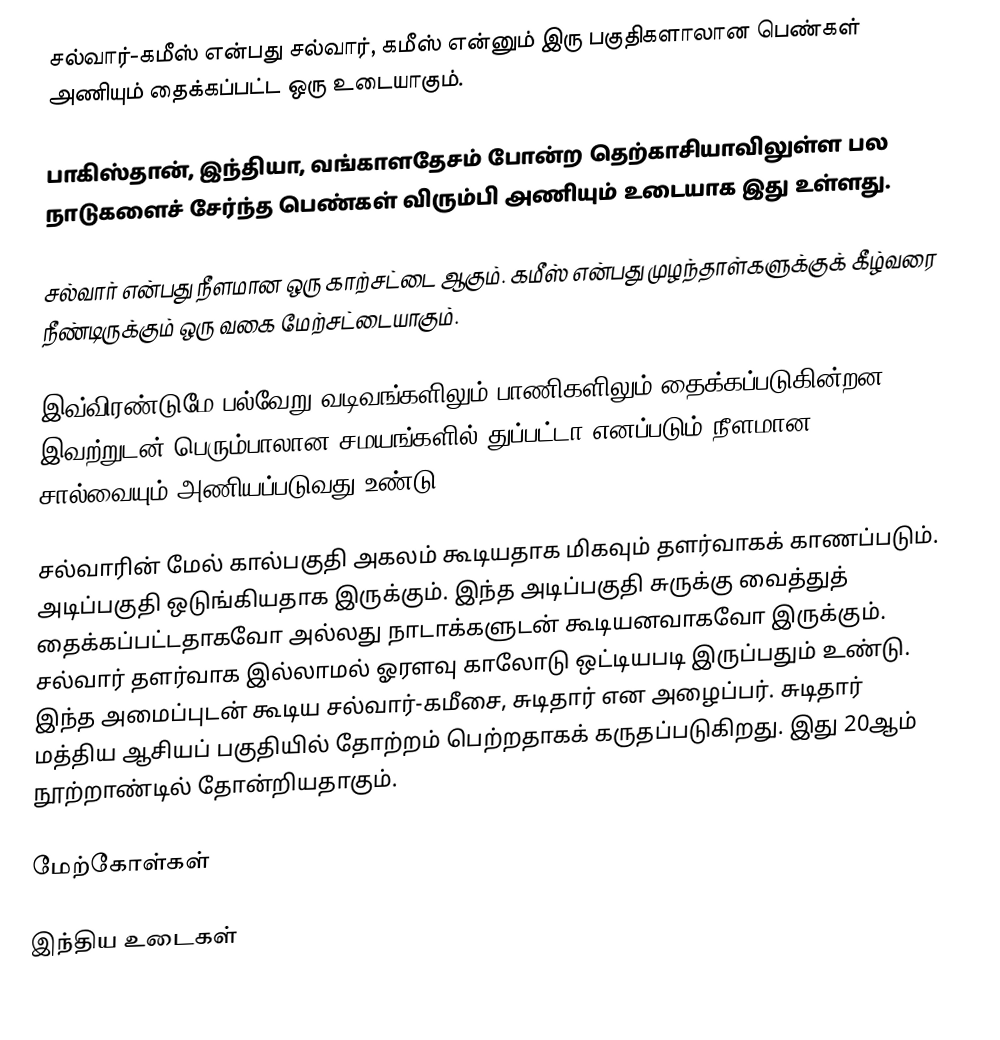
சல்வார்-கமீஸ் என்பது சல்வார், கமீஸ் என்னும் இரு பகுதிகளாலான பெண்கள் அணியும் தைக்கப்பட்ட ஒரு உடையாகும்.

பாகிஸ்தான், இந்தியா, வங்காளதேசம் போன்ற தெற்காசியாவிலுள்ள பல நாடுகளைச் சேர்ந்த பெண்கள் விரும்பி அணியும் உடையாக இது உள்ளது.

சல்வார் என்பது நீளமான ஒரு காற்சட்டை ஆகும். கமீஸ் என்பது முழந்தாள்களுக்குக் கீழ்வரை நீண்டிருக்கும் ஒரு வகை மேற்சட்டையாகும்.

இவ்விரண்டுமே பல்வேறு வடிவங்களிலும் பாணிகளிலும் தைக்கப்படுகின்றன. இவற்றுடன் பெரும்பாலான சமயங்களில் துப்பட்டா எனப்படும் நீளமான சால்வையும் அணியப்படுவது உண்டு.

சல்வாரின் மேல் கால்பகுதி அகலம் கூடியதாக மிகவும் தளர்வாகக் காணப்படும். அடிப்பகுதி ஒடுங்கியதாக இருக்கும். இந்த அடிப்பகுதி சுருக்கு வைத்துத் தைக்கப்பட்டதாகவோ அல்லது நாடாக்களுடன் கூடியனவாகவோ இருக்கும். சல்வார் தளர்வாக இல்லாமல் ஓரளவு காலோடு ஒட்டியபடி இருப்பதும் உண்டு. இந்த அமைப்புடன் கூடிய சல்வார்-கமீசை, சுடிதார் என அழைப்பர். சுடிதார் மத்திய ஆசியப் பகுதியில் தோற்றம் பெற்றதாகக் கருதப்படுகிறது. இது 20ஆம் நூற்றாண்டில் தோன்றியதாகும்.

மேற்கோள்கள்

இந்திய உடைகள்